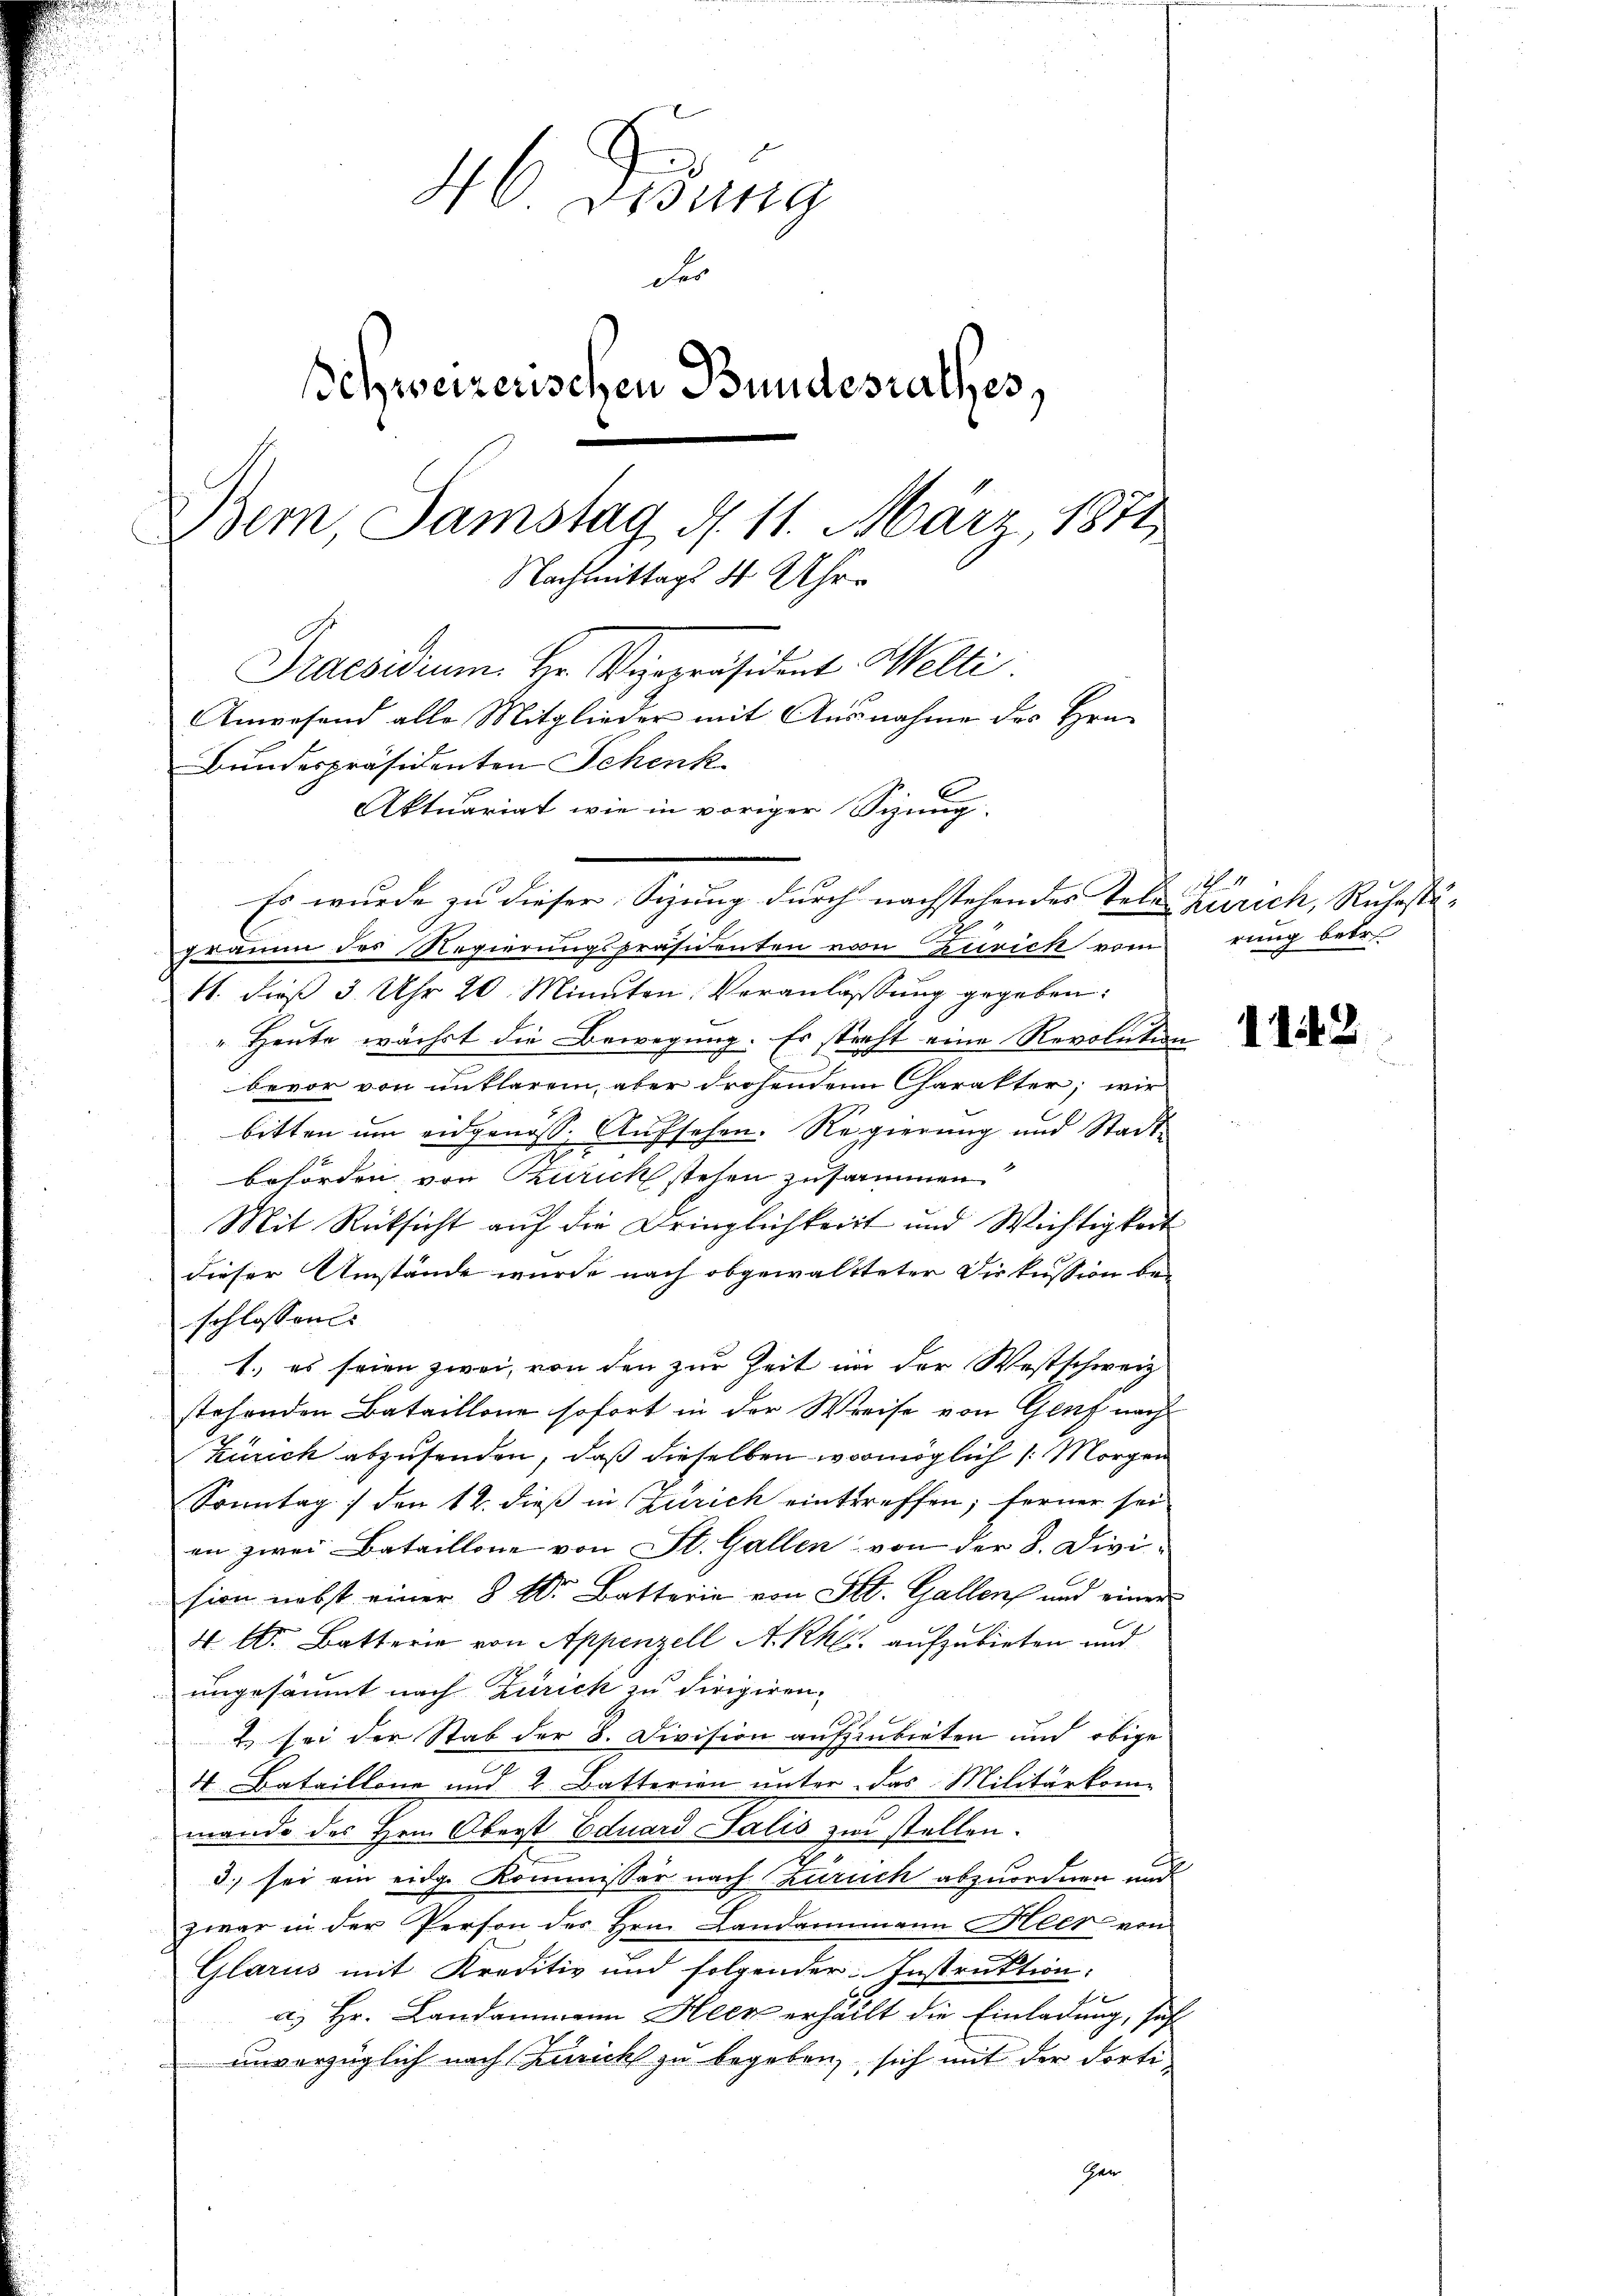
46 Didung
des
Schweizenschen Bundesrathes,
Bern Samstag d. 11. März, 1871
Nachmittags 4 Uhre
Praesidium. Hr. Vizepräsident Welti
Anwesend alle Mitglieder mit Ausnahme des Hrn.
Bundespräsidenten Schenk
Aktuariat wie in voriger Synug

Fraum des Regierungspräsidenten von Zürich vom
11. dieß 3 Uhr 20 Minuten Veranlassung gegeben:
" Heute wächst die Bewegung. Es stacht eine Revolution
bevor von entlarem, aber drohenden Charakter, wir
bitten um eidgenöss. Aufsehen. Regierung und Stadtbehörden von Turich stehen zusammen
Mit Rücksicht auf die Bringlichkeit und Wichtigkeit
dieser Umstände wurde nach obgewaltteter Diskussion be-
schlossen:
1., es seien zwei, von den zur Zeit an der Westschweiz
stehenden Bataillone sofort in der Weise von Genz nach
Zürich abzusenden, daß dieselben womöglich (Morgen
Sonntag / den 12. dieß in Zürich eintreffen; ferner sei
an zwei Bataillone von St. Gallen von der 8. Divi
sion nebst einer § 10. Batterie von St. Gallen und einer
4 l. Batterie von Appenzell A.-Rh. aufzubieten und
ungesäumt nach Zürich zu dirigiren-
2) sei der Stab der 8. Division auszinbieten und obige
4 Bataillone und 2. Batterien unter das Militärkom-
mande des Herrn Oberst Eduard Salis zur stellen.
d.) sei ein eidge Kommissär nach zuruch abzuordnen und
zwar in der Person des Hrn. Landammann Heer von
Glarus mit Kreditiv und folgender: Instruktion:
a) Hr. Landammann Heck erhällt die Einladung, seh
unverzüglich nach Zürich zu begeben, sich mit der dorti-
ger

Es wurde zu dieser Sizung durch nachstehendes Tele -

zurich, Ruhestärung betr.

1142